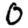
Digit: 0